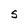
Character: S